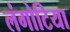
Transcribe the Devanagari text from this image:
लंगोटिया